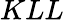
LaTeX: KLL